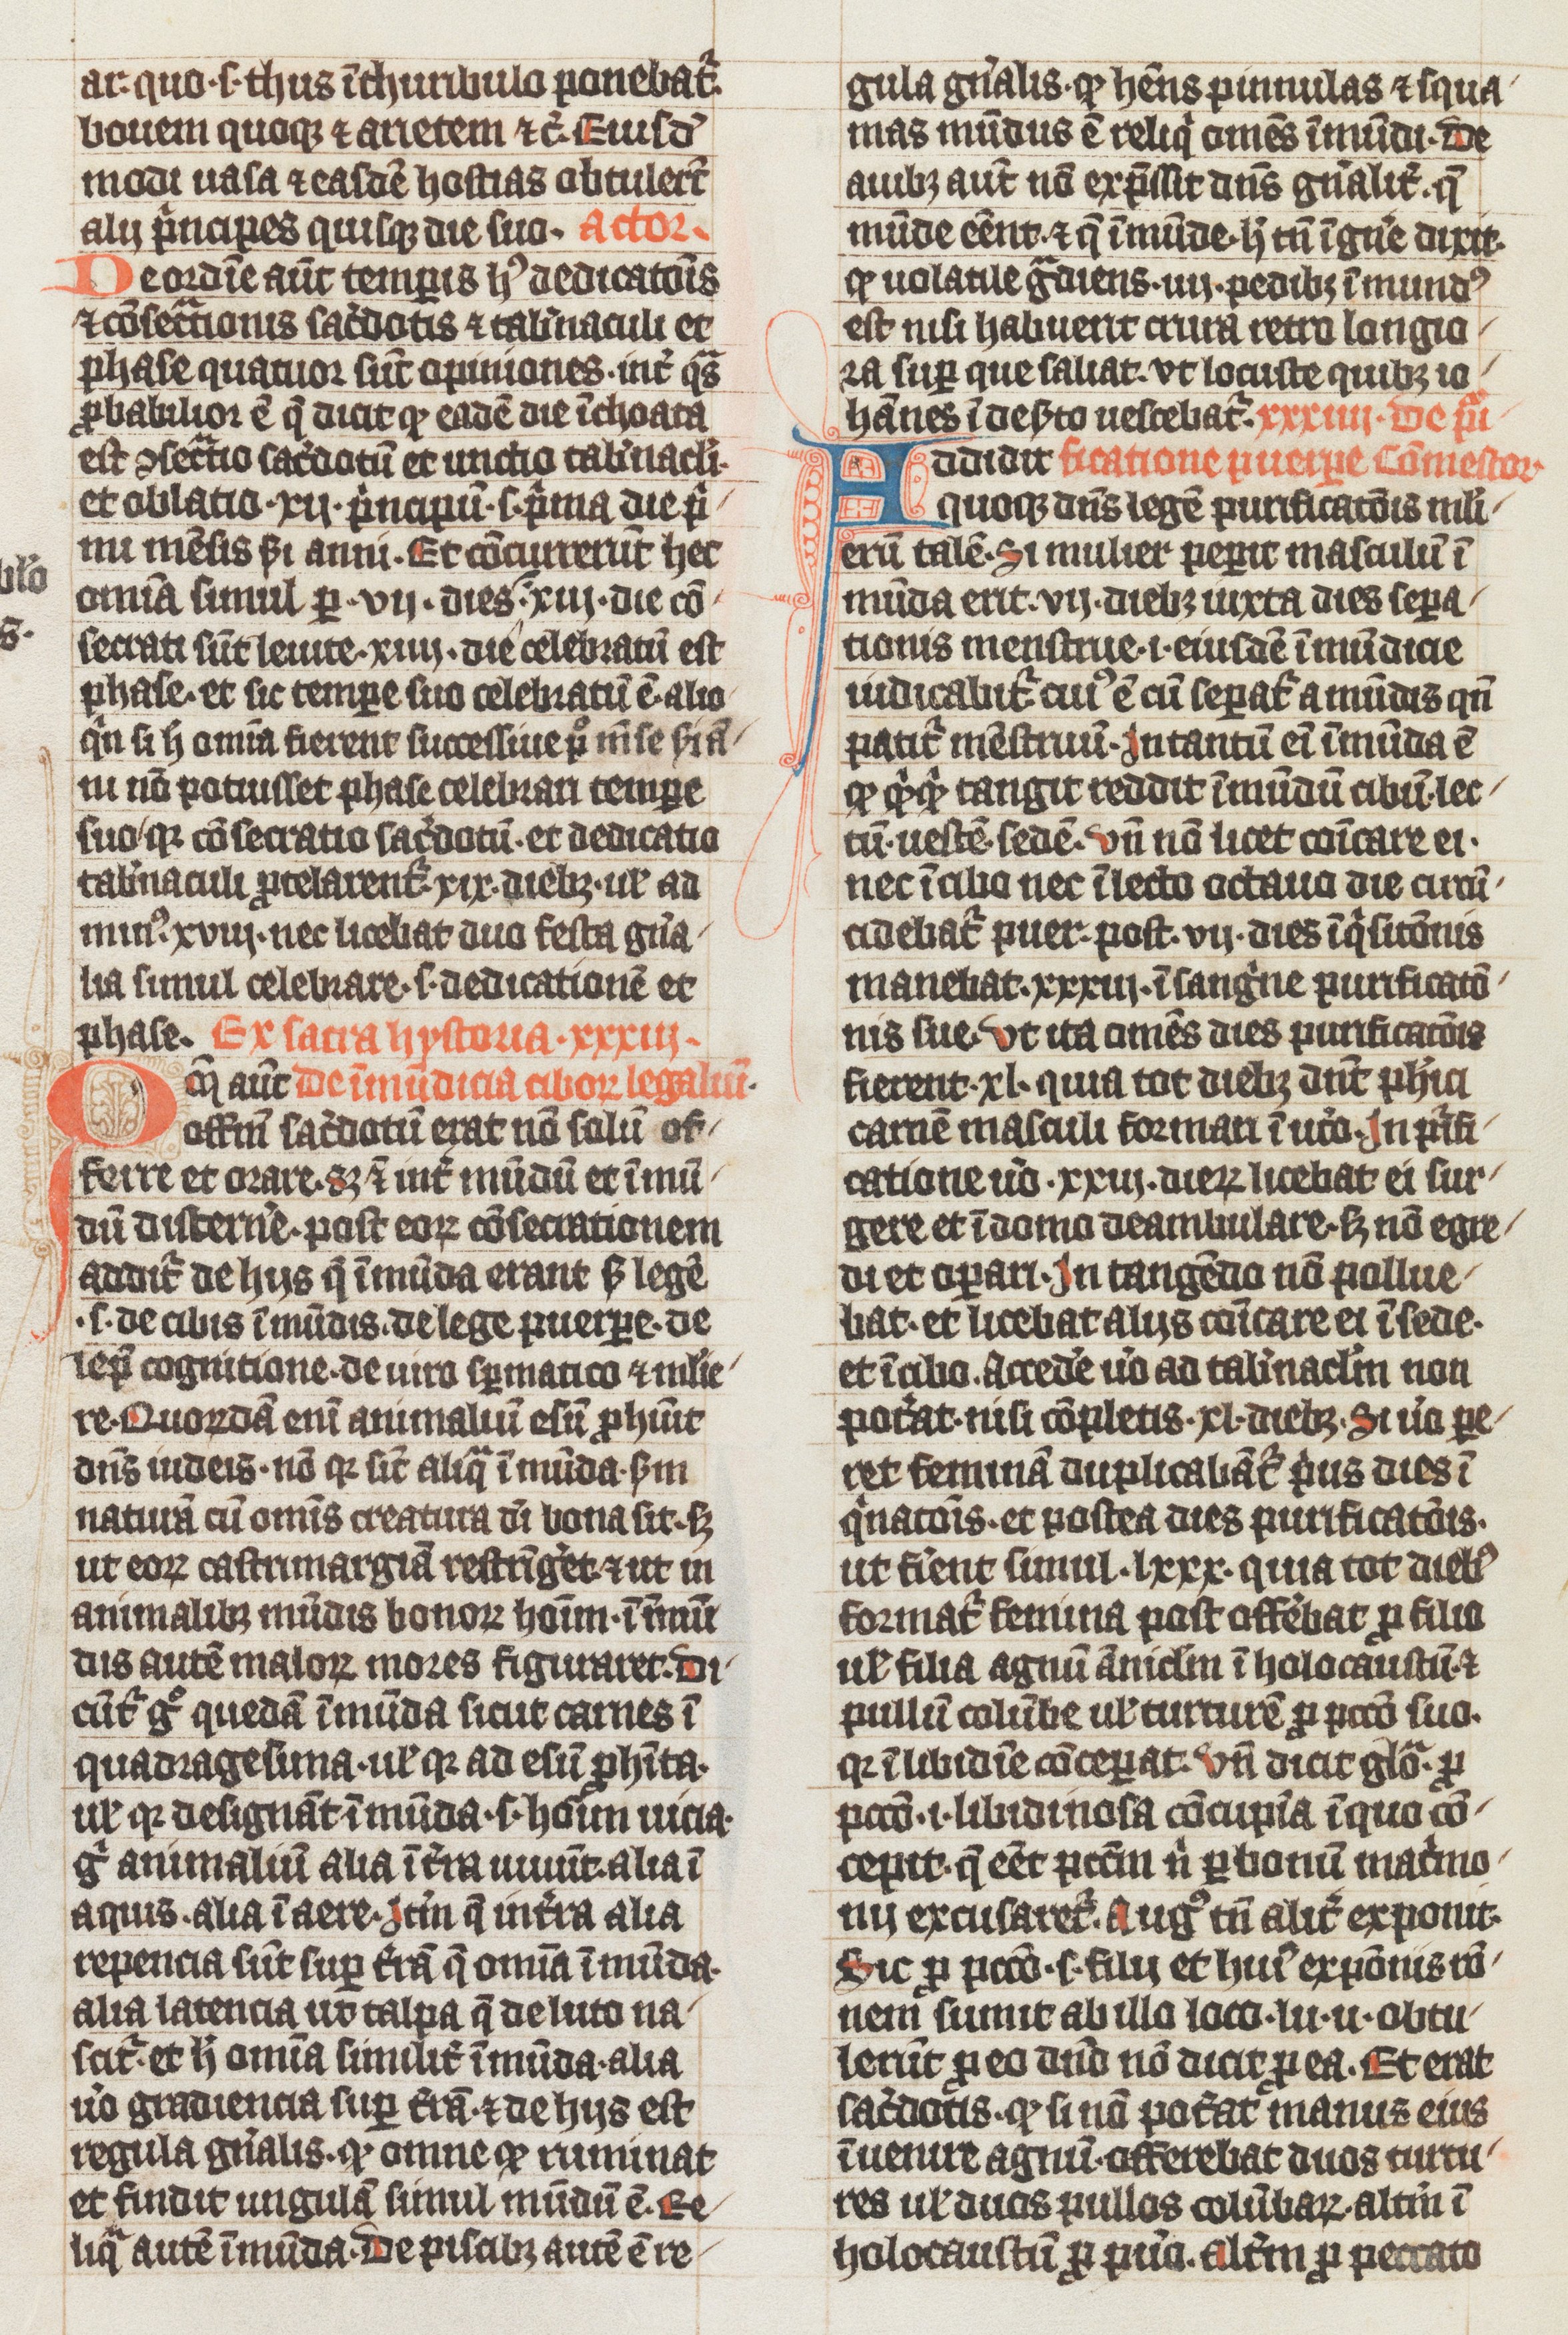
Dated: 1338–1338